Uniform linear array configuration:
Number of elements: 48
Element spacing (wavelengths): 0.25
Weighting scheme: cosine
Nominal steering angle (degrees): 15
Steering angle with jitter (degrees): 16.511
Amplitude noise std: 0.05
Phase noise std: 0.05

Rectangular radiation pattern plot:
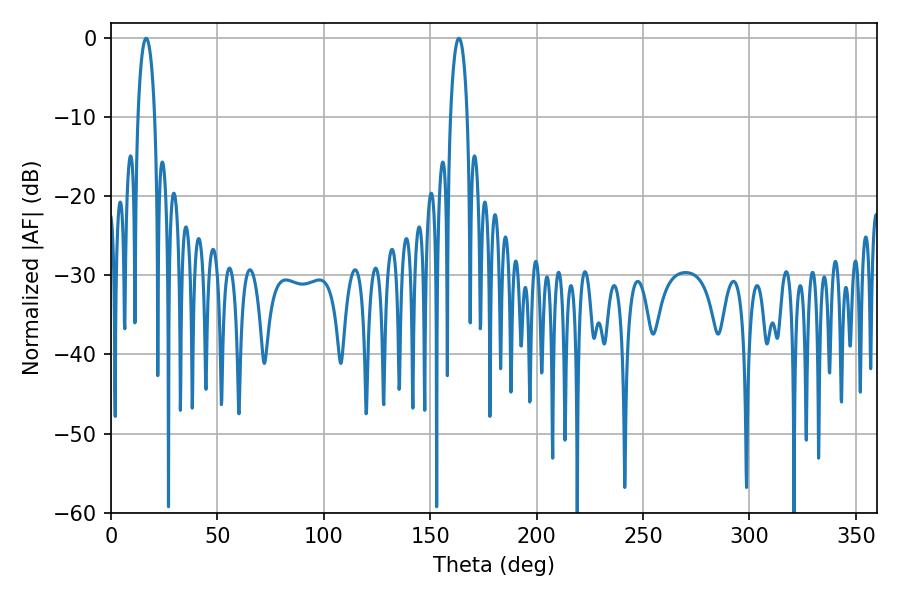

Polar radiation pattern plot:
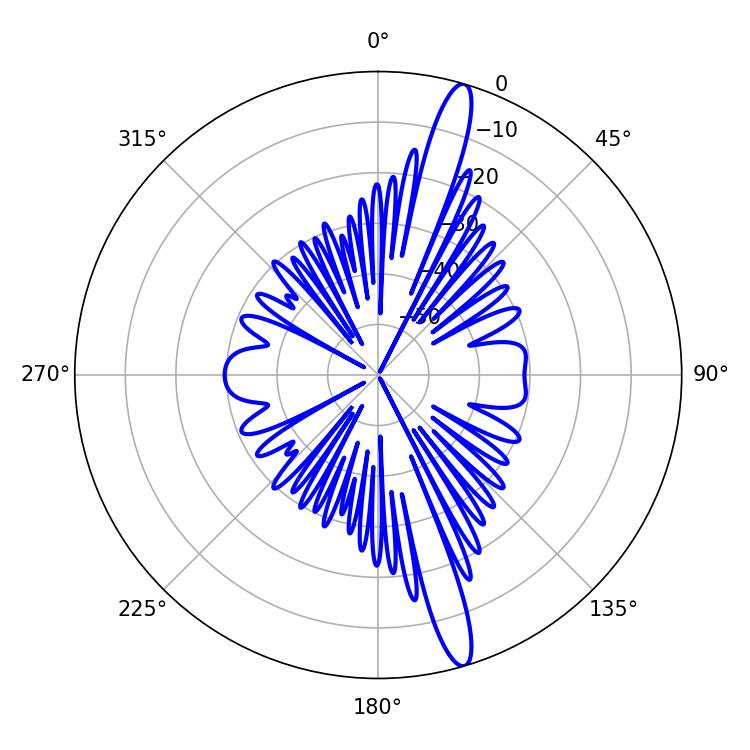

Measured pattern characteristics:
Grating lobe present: FALSE
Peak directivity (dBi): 16.054
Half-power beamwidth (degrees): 4.5
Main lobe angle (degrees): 16.56